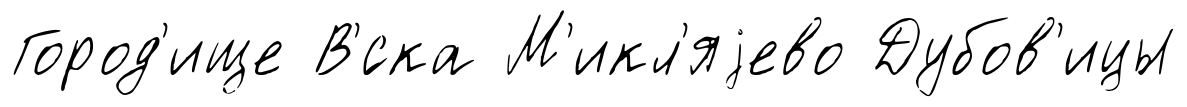
Город'ище В'́ска М'икл'яjево Дубов'ицы